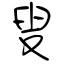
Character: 叟